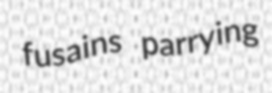
fusains parrying